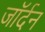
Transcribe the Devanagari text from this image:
जॉर्दन